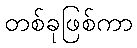
တစ်ခုဖြစ်ကာ